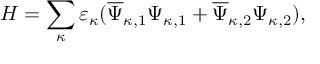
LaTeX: { \cal H } = \sum _ { \kappa } ^ { } \varepsilon _ { \kappa } ( \overline { { { \Psi } } } _ { \kappa , 1 } { \Psi } _ { \kappa , 1 } + \overline { { { \Psi } } } _ { \kappa , 2 } { \Psi } _ { \kappa , 2 } ) ,